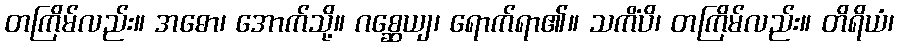
တကြိမ်လည်း။ အဓော၊ အောက်သို့။ ဂစ္ဆေယျ၊ ရောက်ရာ၏။ သကိံပိ၊ တကြိမ်လည်း။ တိရိယံ၊